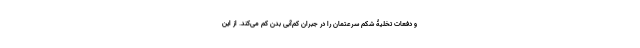
و دفعات تخلیۀ شکم سرعتمان را در جبران کم‌آبی بدن کم می‌کند. از این